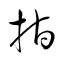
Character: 指